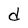
Character: d